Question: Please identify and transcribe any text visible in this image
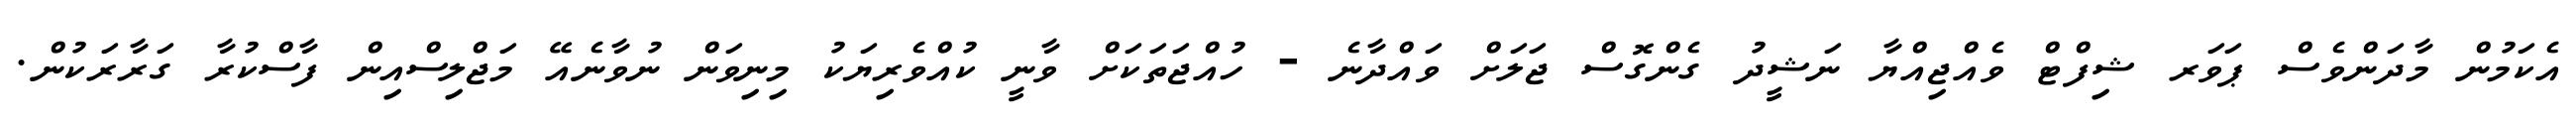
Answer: އެކަމުން މާދަންވެސް ޕަވަރ ޝިފްޓް ވެއްޖިއްޔާ ނަޝީދު ގެންގޮސް ޖަލަށް ވައްދާނެ - ހުއްޖަތަކަށް ވާނީ ކުއްވެރިޔަކު މިނިވަން ނުވާނެއޭ މަޖްލިސްއިން ފާސްކުރާ ގަރާރަކުން.